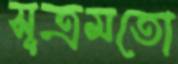
সূত্রমতো